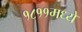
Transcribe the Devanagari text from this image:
१८११मध्ये